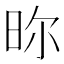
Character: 𣆋